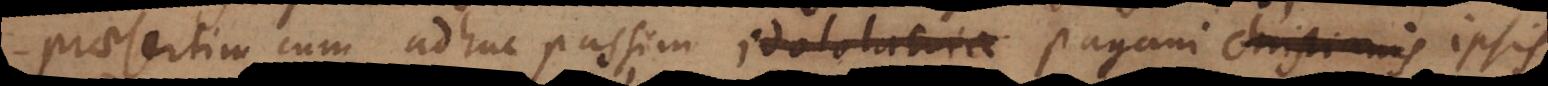
praesertim cum adhuc passim idololatria pagani Christianis ipsis